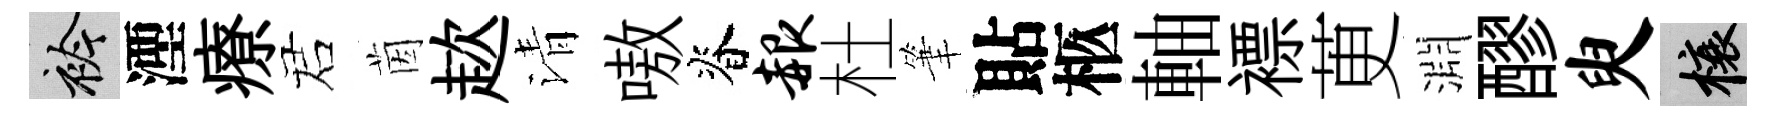
衿湮療诺茵趑清嗷脊赧杜筆貼柩軸褾茰淵醪臾榱